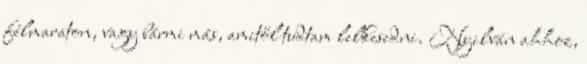
félmaraton, vagy bármi más, amitől tudtam lelkesedni. Nyilván ahhoz,